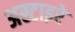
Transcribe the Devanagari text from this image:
अस्टाइरे